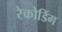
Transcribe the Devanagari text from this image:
रेकोडिंग